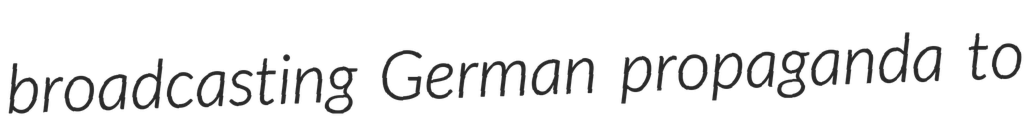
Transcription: broadcasting German propaganda to